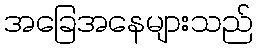
အခြေအနေများသည်